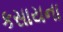
કસાયના